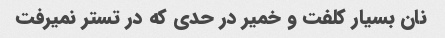
نان بسیار کلفت و خمیر در حدی که در تستر نمیرفت